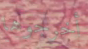
أخرجوها